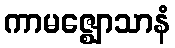
ကာမဇ္ဈောသာနံ